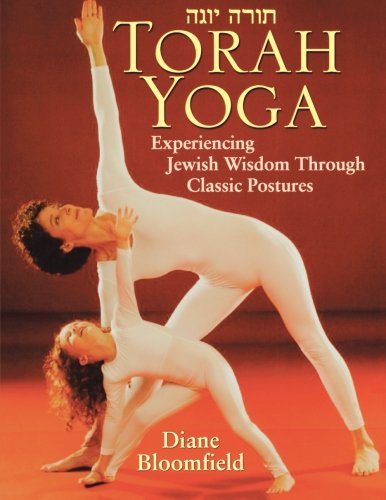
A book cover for Torah Yoga: Experiencing Jewish Wisdom Through Classic Postures; Diane Bloomfield; Religion & Spirituality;